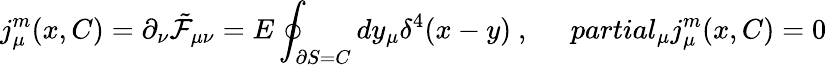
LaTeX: j_{\mu}^{m}(x,C)=\partial_{\nu}\tilde{{\cal F}}_{\mu\nu}=E\oint_{\partial S=C}dy_{\mu}\delta^{4}(x-y)\ ,\ \ \ \ \ \, partial_{\mu}j_{\mu}^{m}(x,C)=0